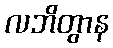
လဘိတွာန